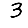
Digit: 3